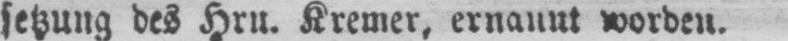
setzung des Hru. Kremer, ernannt worden.